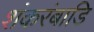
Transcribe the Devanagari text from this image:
शंकरंबाडि